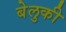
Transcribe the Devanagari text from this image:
बेलुकी